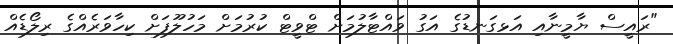
"ރައީސް ޔާމީނާއި އަޅގަނޑުގެ އަގު ވައްޓާލުމަށް ޓްވީޓް ކުރުމަށް މަހުލޫފަށް ކިހާވަރެއްގެ ރިލޯޑެއް